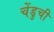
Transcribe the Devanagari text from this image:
चेंडुची